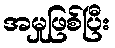
အမှုဖြစ်ပြီး